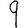
Digit: 9